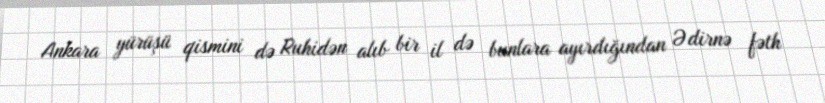
Ankara yürüşü qismini də Ruhidən alıb bir il də bunlara ayırdığından Ədirnə fəth